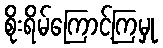
စိုးရိမ်ကြောင့်ကြမှု